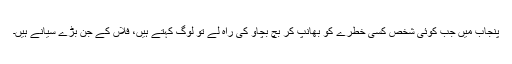
پنجاب میں جب کوئی شخص کسی خطرے کو بھانپ کر بچ بچاو کی راہ لے تو لوگ کہتے ہیں، فلاں کے جن بڑے سیانے ہیں۔